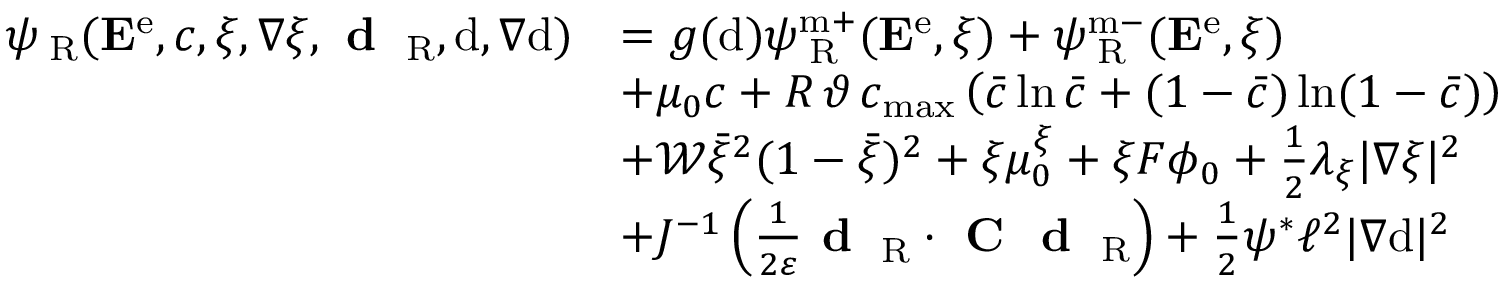
\begin{array} { r l } { { \psi } _ { \mathrm { \tiny ~ R } } ( { \bf E } ^ { \mathrm { e } } , c , \xi , \nabla \xi , \textbf { d } _ { \mathrm { \tiny ~ R } } , \mathrm { d } , \nabla \mathrm { d } ) } & { = g ( \mathrm { d } ) \psi _ { \mathrm { \tiny ~ R } } ^ { \mathrm { m + } } ( { \bf E } ^ { \mathrm { e } } , \xi ) + \psi _ { \mathrm { \tiny ~ R } } ^ { \mathrm { m - } } ( { \bf E } ^ { \mathrm { e } } , \xi ) } \\ & { + \mu _ { 0 } c + R \, \vartheta \, c _ { \mathrm { m a x } } \left( \bar { c } \ln \bar { c } + ( 1 - \bar { c } ) \ln ( 1 - \bar { c } ) \right) } \\ & { + \mathcal { W } \bar { \xi } ^ { 2 } ( 1 - \bar { \xi } ) ^ { 2 } + \xi \mu _ { 0 } ^ { \xi } + \xi F \phi _ { 0 } + \frac { 1 } { 2 } \lambda _ { \xi } | \nabla \xi | ^ { 2 } } \\ & { + J ^ { - 1 } \left( \frac { 1 } { 2 \varepsilon } \textbf { d } _ { \mathrm { \tiny ~ R } } \cdot \textbf { C } \textbf { d } _ { \mathrm { \tiny ~ R } } \right) + \frac { 1 } { 2 } \psi ^ { * } \ell ^ { 2 } | \nabla \mathrm { d } | ^ { 2 } } \end{array}